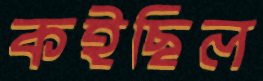
কইছিল